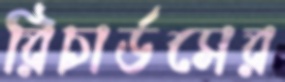
রিচার্ডসের